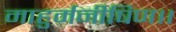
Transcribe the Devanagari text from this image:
माहुर्मनीषिण।।